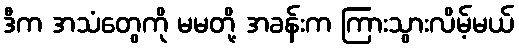
ဒီက အသံတွေကို မမတို့ အခန်းက ကြားသွားလိမ့်မယ်